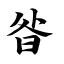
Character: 昝